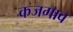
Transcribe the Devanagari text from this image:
कजगाव